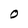
Character: 0